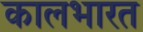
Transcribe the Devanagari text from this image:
कालभारत